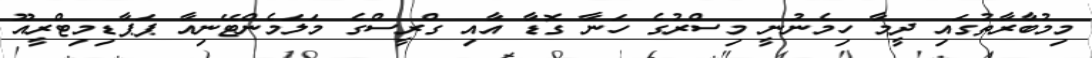
މިމުބާރާތުގައި ދީމާ ހިމެނުނީ މިސްރުގެ ހަނާ ގޮޑާ އާއި ގްރީސްގެ މަލަމެންޓޭނިއާ ޕަޕާޑިމިޓްރީއޫ